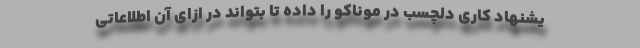
یشنهاد کاری دلچسب در موناکو را داده تا بتواند در ازای آن اطلاعاتی